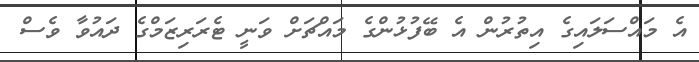
އެ މައްސަލައިގެ އިތުރުން އެ ބޭފުޅުންގެ މައްޗަށް ވަނީ ޓެރަރިޒަމްގެ ދައުވާ ވެސް